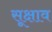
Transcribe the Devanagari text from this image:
सूक्षाव